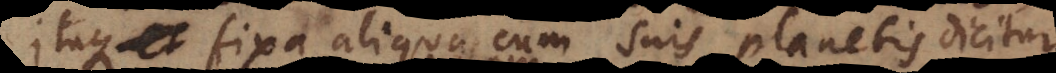
, et fixa aliqua cum suis planetis dicitur